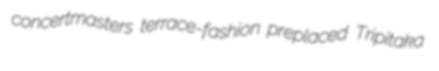
concertmasters terrace-fashion preplaced Tripitaka